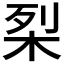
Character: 𭩶